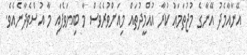
އޭނާއާމެދު އޭނާގެ މުޖުތަމަޢު ކުރާ އުއްމީދުތައް މިއަށްވުރެވެސް މާ ބިޔަވެފައި މާ އުސްވެދާނެއެވެ.